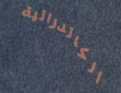
الكاتدرائية